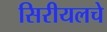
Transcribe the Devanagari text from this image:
सिरीयलचे